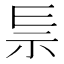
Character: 𥘐